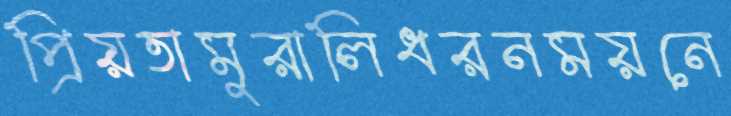
প্রিয়তামুরালিধরনময়নে